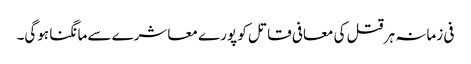
فی زمانہ ہر قتل کی معافی قاتل کو پورے معاشرے سے مانگنا ہوگی۔